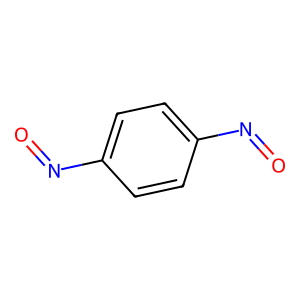
SMILES: O=Nc1ccc(N=O)cc1
Inhibits HIV replication: No